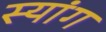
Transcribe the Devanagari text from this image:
स्‍यांग